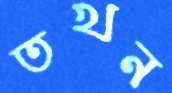
তখন